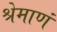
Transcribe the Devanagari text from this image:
श्रेमाणं